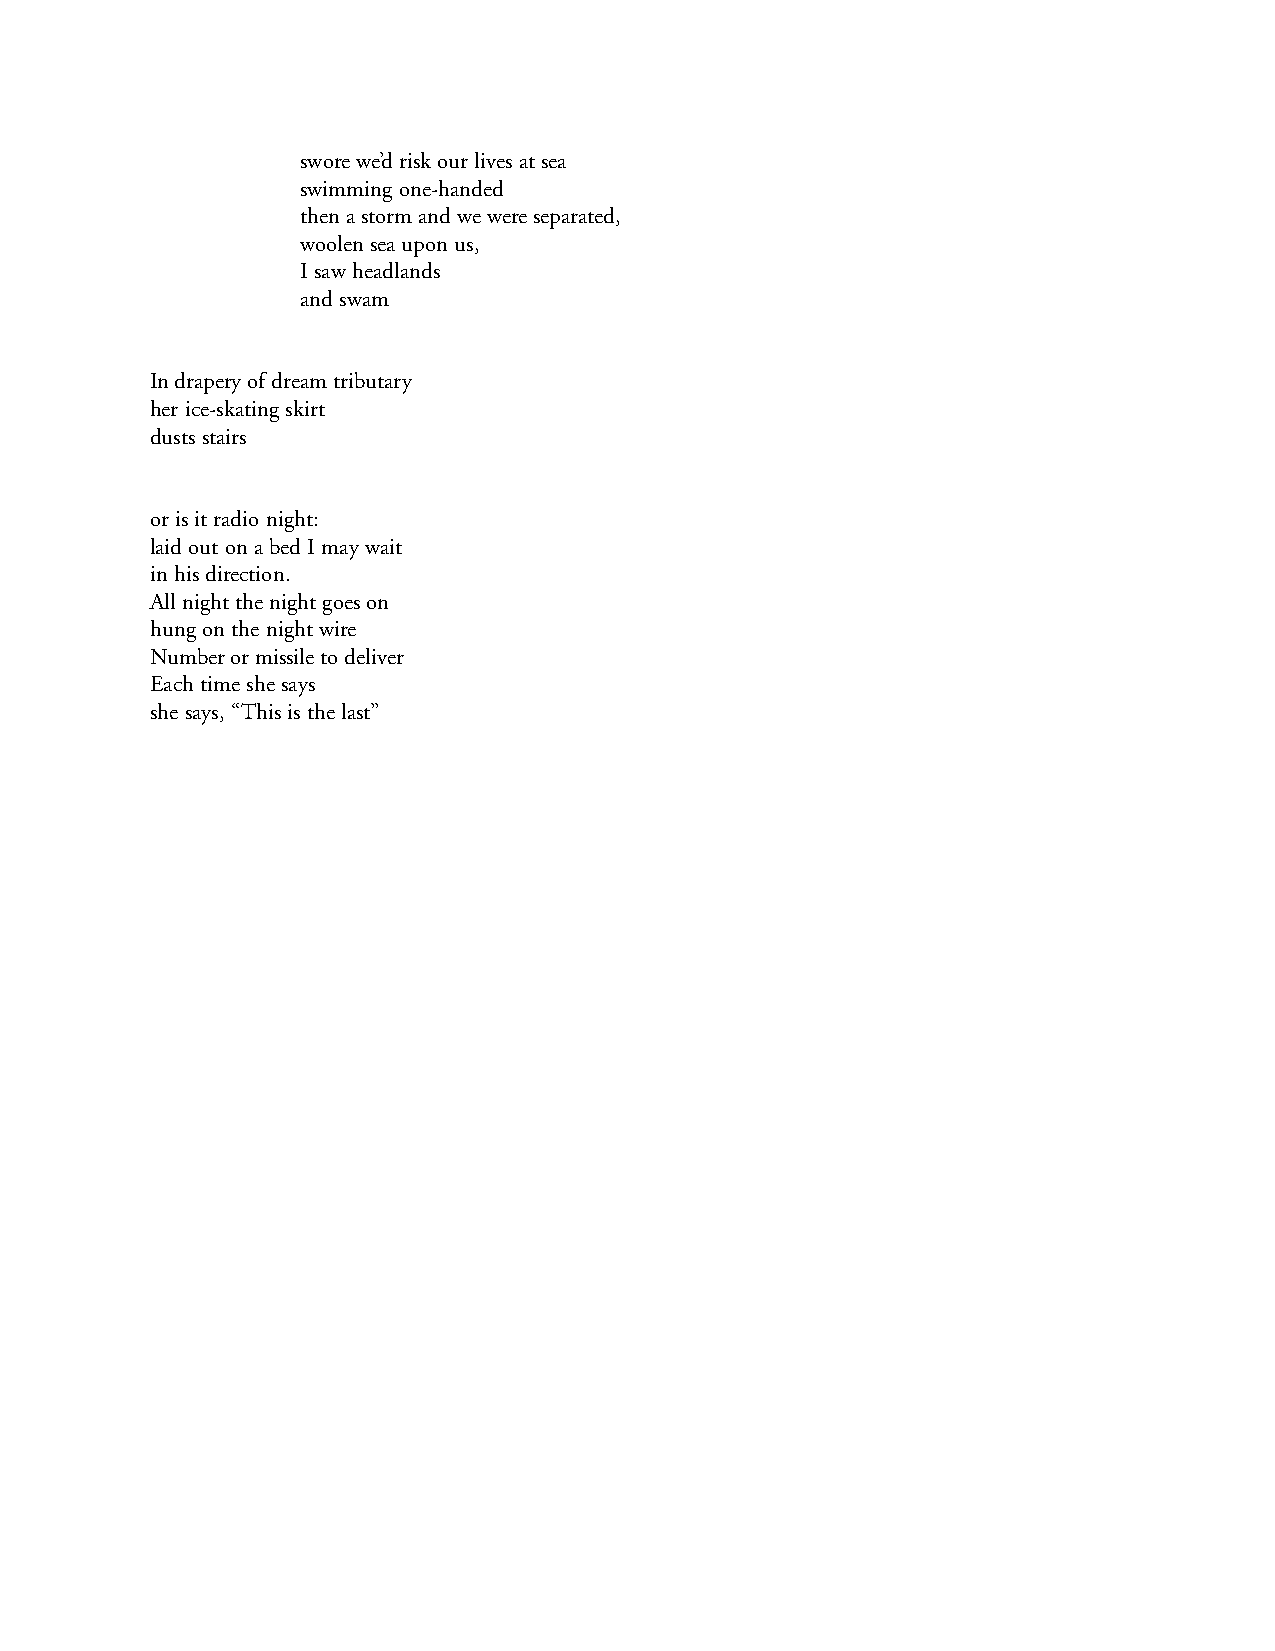
swore we’d risk our lives at sea
 swimming one-handed
 then a storm and we were separated,
 woolen sea upon us,
 I saw headlands
 and swam
 In drapery of dream tributary
 her ice-skating skirt
 dusts stairs
 or is it radio night:
 laid out on a bed I may wait
 in his direction.
 All night the night goes on
 hung on the night wire
 Number or missile to deliver
 Each time she says
 she says, “This is the last”